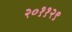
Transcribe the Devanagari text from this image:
२०११२९